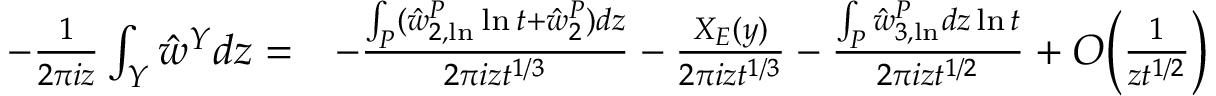
\begin{array} { r l } { - \frac { 1 } { 2 \pi i z } \int _ { Y } \hat { w } ^ { Y } d z = } & { - \frac { \int _ { P } ( \hat { w } _ { 2 , \ln } ^ { P } \ln { t } + \hat { w } _ { 2 } ^ { P } ) d z } { 2 \pi i z t ^ { 1 / 3 } } - \frac { X _ { E } ( y ) } { 2 \pi i z t ^ { 1 / 3 } } - \frac { \int _ { P } \hat { w } _ { 3 , \ln } ^ { P } d z \ln { t } } { 2 \pi i z t ^ { 1 / 2 } } + O \bigg ( \frac { 1 } { z t ^ { 1 / 2 } } \bigg ) } \end{array}